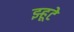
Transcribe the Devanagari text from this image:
झ्हूटे